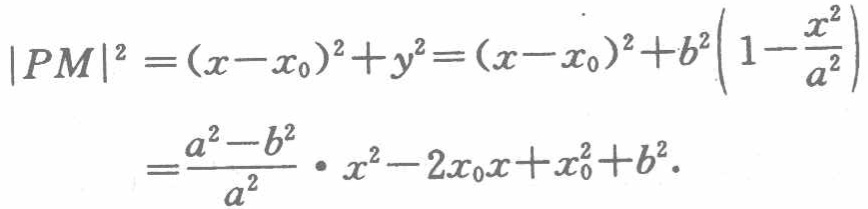
\[

\begin{align*}

|PM|^{2}&=(x - x_{0})^{2}+y^{2}=(x - x_{0})^{2}+b^{2}\left(1-\frac{x^{2}}{a^{2}}\right)\\

&=\frac{a^{2}-b^{2}}{a^{2}}\cdot x^{2}-2x_{0}x + x_{0}^{2}+b^{2}.

\end{align*}

\]